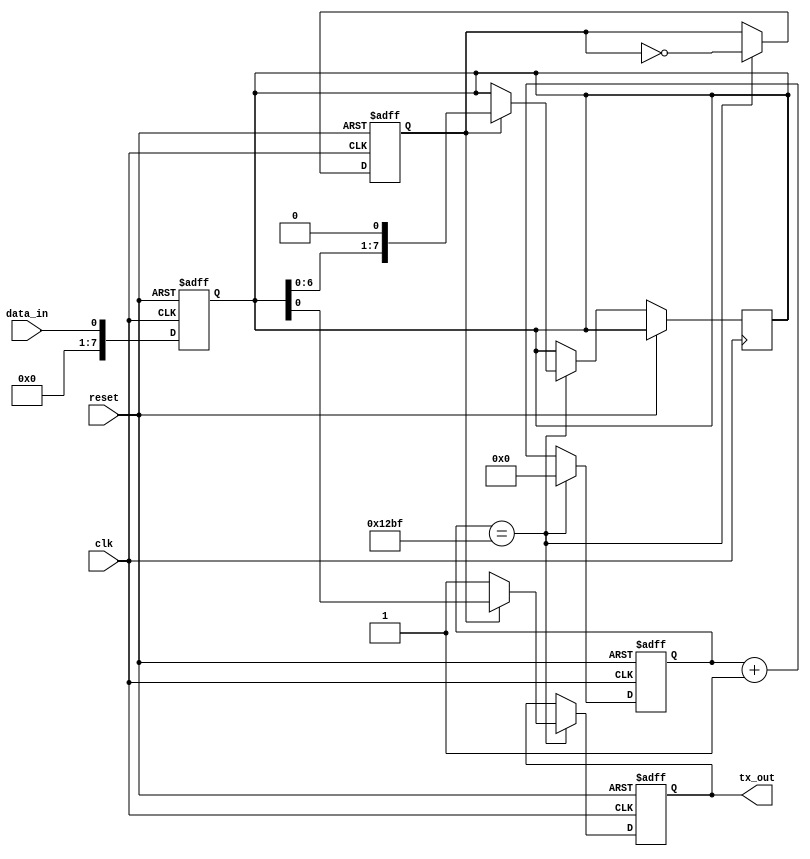
module uart_transmitter (
  input clk,
  input reset,
  input data_in,
  output reg tx_out
);

// Clock generator block
reg [7:0] counter;
always @(posedge clk or posedge reset) begin
  if (reset) begin
    counter <= 0;
  end else begin
    counter <= counter + 1;
  end
end

// Baud rate generator block
parameter BAUD_RATE = 9600;
reg [15:0] baud_counter;
always @(posedge clk or posedge reset) begin
  if (reset) begin
    baud_counter <= 0;
  end else begin
    if (baud_counter == BAUD_RATE/2 - 1) begin
      baud_counter <= 0;
    end else begin
      baud_counter <= baud_counter + 1;
    end
  end
end

// Data buffer block
reg [7:0] data_buffer;
always @(posedge clk or posedge reset) begin
  if (reset) begin
    data_buffer <= 8'h00;
  end else begin
    data_buffer <= data_in;
  end
end

// Control logic block
reg tx_enable;
always @(posedge clk or posedge reset) begin
  if (reset) begin
    tx_out <= 1'b1;
    tx_enable <= 1'b0;
  end else begin
    if (baud_counter == BAUD_RATE/2 - 1) begin
      if (tx_enable) begin
        tx_out <= data_buffer[0];
        data_buffer <= {data_buffer[6:0], 1'b0}; // Shift data buffer
      end else begin
        tx_out <= 1'b1;
      end
      tx_enable <= ~tx_enable;
    end
  end
end

endmodule